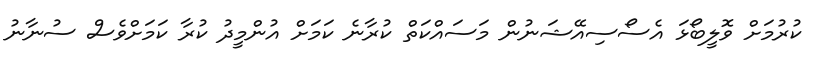
ކުރުމަށް ވޮލީބޯޅަ އެސޯސިއޭޝަނުން މަސައްކަތް ކުރާނެ ކަމަށް އުންމީދު ކުރާ ކަމަށްވެސް ސުނާނު